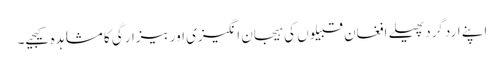
اپنے اردگرد پھیلے افغان قبیلوں کی ہیجان انگیزی اور بیزارگی کا مشاہدہ کیجیے۔